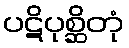
ပဋိပုစ္ဆိတုံ